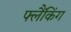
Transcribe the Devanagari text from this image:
फ्लैंकिंग